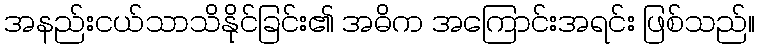
အနည်းငယ်သာသိနိုင်ခြင်း၏ အဓိက အကြောင်းအရင်း ဖြစ်သည်။